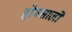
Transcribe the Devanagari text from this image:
होयसालों